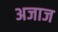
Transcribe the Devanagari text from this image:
अजाज